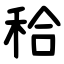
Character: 秴